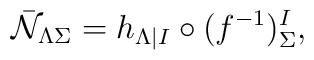
\bar{\cal N}_{\Lambda\Sigma} =h_{\Lambda|I}\circ (f^{-1})^I_{\Sigma},